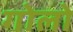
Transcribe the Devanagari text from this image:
गोलो